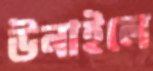
উনাইলে